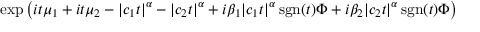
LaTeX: \exp \left( i t \mu _ { 1 } + i t \mu _ { 2 } - | c _ { 1 } t | ^ { \alpha } - | c _ { 2 } t | ^ { \alpha } + i \beta _ { 1 } | c _ { 1 } t | ^ { \alpha } \operatorname { s g n } ( t ) \Phi + i \beta _ { 2 } | c _ { 2 } t | ^ { \alpha } \operatorname { s g n } ( t ) \Phi \right)